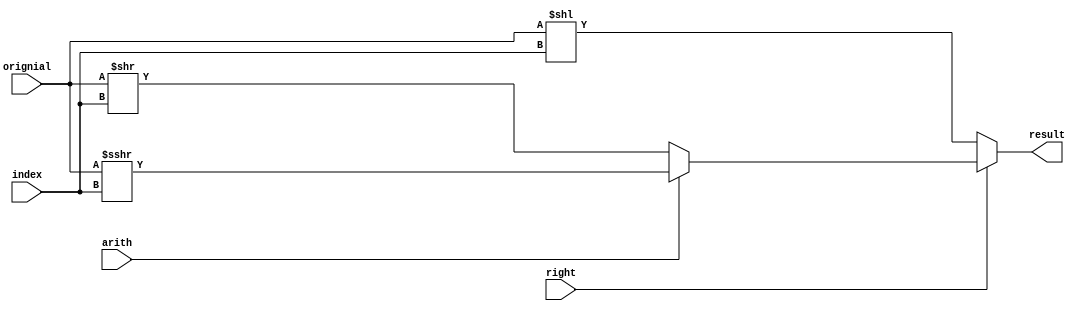
module Shifter(orignial,index,right,arith,result);
	input right;          //01
	input arith;          //01
	input[31:0] orignial; //
	input[4:0] index;     //	  
	output[31:0] result;  //
	
	reg[31:0] result;
	
	always@(*) begin
	if(!right)
		begin
		result = orignial<<index;
		end
	else if(!arith)
		begin
			result = orignial>>index;
		end
	else
		begin
			result = $signed(orignial)>>>index;
		end
	end
endmodule